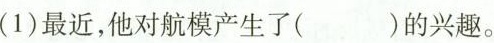
(1) 最近，他对航模产生了()的兴趣。